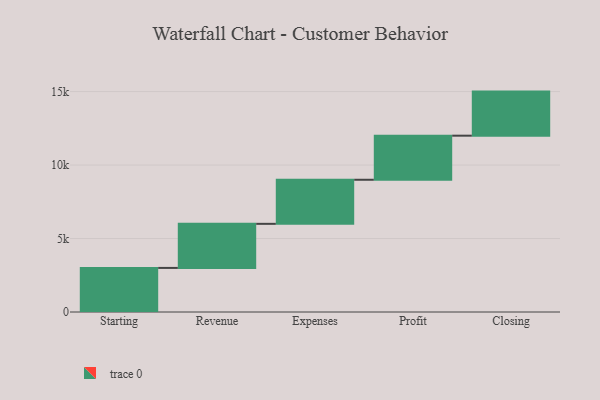
{"axis": {"x": "Step", "y": "Value"}, "legend": [""], "data": [{"x": "Starting", "y": 3000, "type": ""}, {"x": "Revenue", "y": 3000, "type": ""}, {"x": "Expenses", "y": 3000, "type": ""}, {"x": "Profit", "y": 3000, "type": ""}, {"x": "Closing", "y": 3000, "type": ""}]}